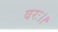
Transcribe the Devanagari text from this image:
वरः।।